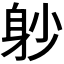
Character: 𨈘